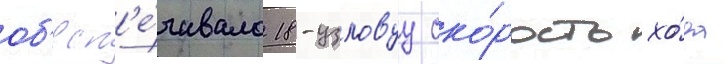
об'есп'е́чивало 18-узловуу ско́рость хо́да